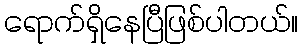
ရောက်ရှိနေပြီဖြစ်ပါတယ်။